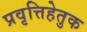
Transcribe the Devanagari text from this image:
प्रवृत्तिहेतुक